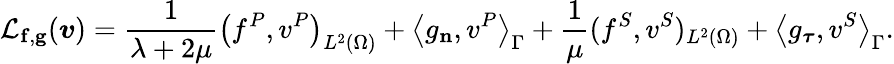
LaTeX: \mathcal{L}_{\mathbf{f},\mathbf{g}}(\boldsymbol{v})=\frac{1}{\lambda+2\mu}\left(f^{P},v^{P}\right)_{L^{2}(\Omega)}+\left\langle g_{\mathbf{n}},v^{P}\right\rangle_{\Gamma}+\frac{1}{\mu}(f^{S},v^{S})_{L^{2}(\Omega)}+\left\langle{g}_{\boldsymbol{\tau}},v^{S}\right\rangle_{\Gamma}.